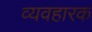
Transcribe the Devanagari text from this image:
व्यवहारक